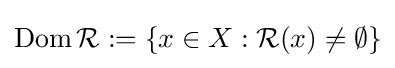
\operatorname {Dom} {\mathcal {R}}:=\left\{x\in X:{\mathcal {R}}(x)\neq \emptyset \right\}